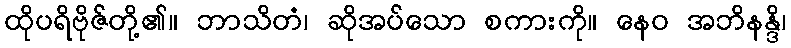
ထိုပရိဗိုဇ်တို့၏။ ဘာသိတံ၊ ဆိုအပ်သော စကားကို။ နေဝ အဘိနန္ဒိ၊